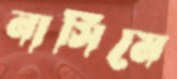
নাসিমে